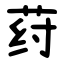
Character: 荮